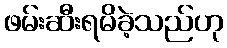
ဖမ်းဆီးရမိခဲ့သည်ဟု